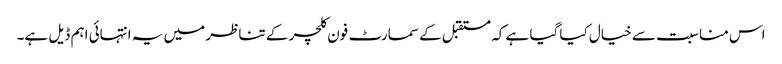
اس مناسبت سے خیال کیا گیا ہے کہ مستقبل کے سمارٹ فون کلچر کے تناظر میں یہ انتہائی اہم ڈیل ہے۔